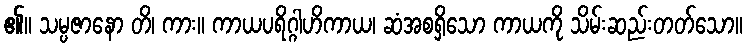
၏။ သမ္ပဇာနော တိ၊ ကား။ ကာယပရိဂ္ဂါဟိကာယ၊ ဆံအစရှိသော ကာယကို သိမ်းဆည်းတတ်သော။